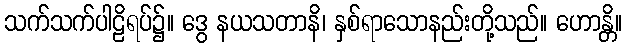
သက်သက်ပါဠိရပ်၌။ ဒွေ နယသတာနိ၊ နှစ်ရာသောနည်းတို့သည်။ ဟောန္တိ။